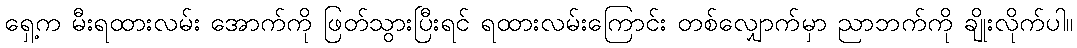
ရှေ့က မီးရထားလမ်း အောက်ကို ဖြတ်သွားပြီးရင် ရထားလမ်းကြောင်း တစ်လျှောက်မှာ ညာဘက်ကို ချိုးလိုက်ပါ။